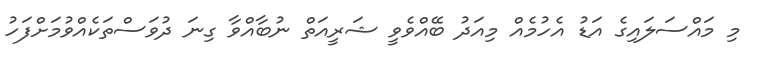
މި މައްސަލައިގެ އަޑު އެހުމެއް މިއަދު ބޭއްވެވީ ޝަރީއަތް ނުބާއްވާ ގިނަ ދުވަސްތަކެއްވުމަށްފަހު